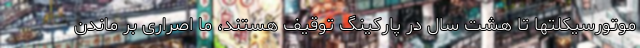
موتورسیکلتها تا هشت سال در پارکینگ توقیف هستند، ما اصراری بر ماندن